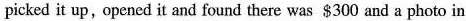
picked it up,opened it and found there was $300 and a photo in